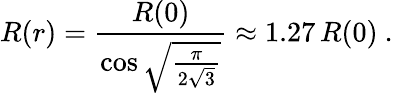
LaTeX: R(r)={\frac{R(0)}{\cos\sqrt{\frac{\pi}{2\sqrt 3}}}}\approx 1.27\, R(0)\ .